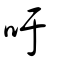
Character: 吁